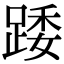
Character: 踒